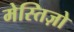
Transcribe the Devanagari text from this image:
मेस्तिज़ो